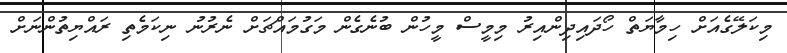
މިކަލޭގެއަށް ހިމާޔަތް ހޯދައިދިންއިރު މިމީސް މީހުން ބުނެގެން މަގުމައްޗަށް ނެރުނު ނިކަމެތި ރައްޔިތުންނަށް